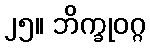
၂၅။ ဘိက္ခုဝဂ္ဂ